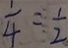
\frac { 1 } { 4 } = \frac { 1 } { 2 }